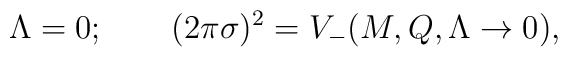
\Lambda = 0; \qquad(2\pi\sigma)^2 = V_-(M,Q,\Lambda\to0),